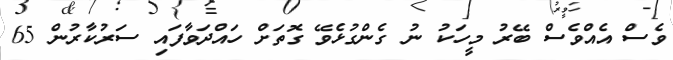
ވެސް އެއްވެސް ބޭރު މީހަކު ނު ގެންގުޅެވޭ ގޮތަށް ހައްދަވާފައި ސަރުކާރުން 65